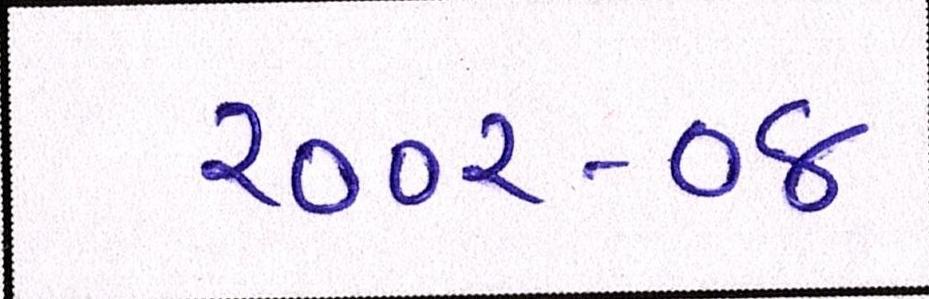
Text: ૨૦૦૨-૦૪